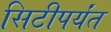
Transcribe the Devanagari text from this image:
सिटीपर्यंत